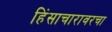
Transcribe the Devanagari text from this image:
हिंसाचारावरचा